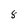
Character: 8